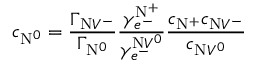
c _ { \mathrm { N } ^ { 0 } } = \frac { \Gamma _ { \mathrm { N } V ^ { - } } } { \Gamma _ { \mathrm { N } ^ { 0 } } } \frac { \gamma _ { e ^ { - } } ^ { \mathrm { N } ^ { + } } } { \gamma _ { e ^ { - } } ^ { \mathrm { N } V ^ { 0 } } } \frac { c _ { \mathrm { N } ^ { + } } c _ { \mathrm { N } V ^ { - } } } { c _ { \mathrm { N } V ^ { 0 } } }